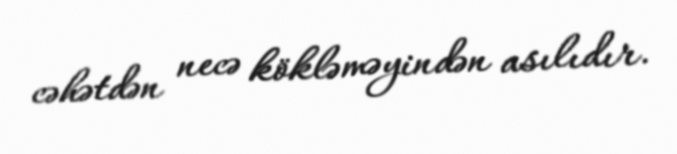
cəhətdən necə kökləməyindən asılıdır.